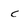
Character: C